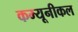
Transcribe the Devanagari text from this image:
कम्यूनीकल